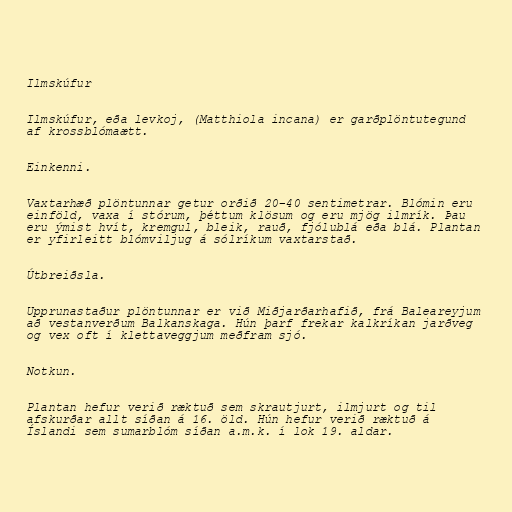
Ilmskúfur

Ilmskúfur, eða levkoj, (Matthiola incana) er garðplöntutegund
af krossblómaætt.

Einkenni.

Vaxtarhæð plöntunnar getur orðið 20–40 sentimetrar. Blómin eru
einföld, vaxa í stórum, þéttum klösum og eru mjög ilmrík. Þau
eru ýmist hvít, kremgul, bleik, rauð, fjólublá eða blá. Plantan
er yfirleitt blómviljug á sólríkum vaxtarstað.

Útbreiðsla.

Upprunastaður plöntunnar er við Miðjarðarhafið, frá Baleareyjum
að vestanverðum Balkanskaga. Hún þarf frekar kalkríkan jarðveg
og vex oft í klettaveggjum meðfram sjó.

Notkun.

Plantan hefur verið ræktuð sem skrautjurt, ilmjurt og til
afskurðar allt síðan á 16. öld. Hún hefur verið ræktuð á
Íslandi sem sumarblóm síðan a.m.k. í lok 19. aldar.